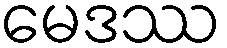
မေဒဿ